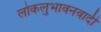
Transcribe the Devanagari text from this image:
लोकलुभावनवादी